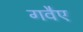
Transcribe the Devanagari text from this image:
गवैए